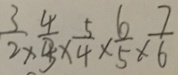
\frac { 3 } { 2 } \times \frac { 4 } { 3 } \times \frac { 5 } { 4 } \times \frac { 6 } { 5 } \times \frac { 7 } { 6 }